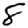
Digit: 8